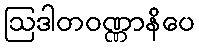
ဩဒါတဝဏ္ဏာနိပေ